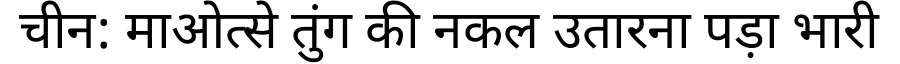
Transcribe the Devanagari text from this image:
चीन: माओत्से तुंग की नकल उतारना पड़ा भारी